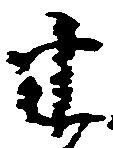
半